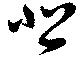
悲